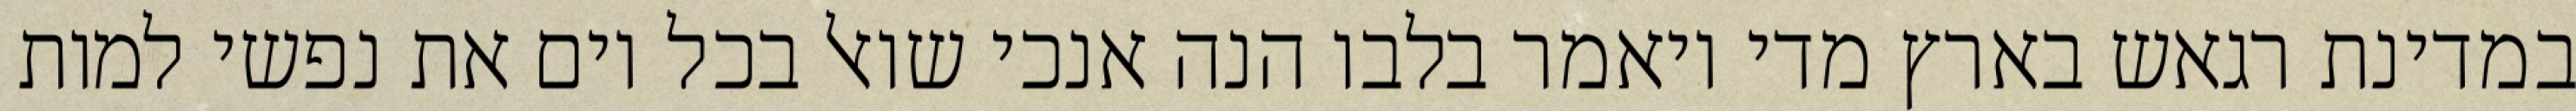
במדינת רגאש בארץ מדי ויאמר בלבו הנה אנכי שואל בכל יום את נפשי למות